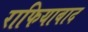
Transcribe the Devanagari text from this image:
राफियाबाद